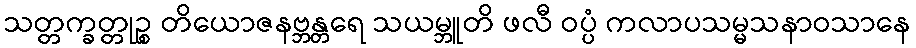
သတ္တက္ခတ္တုဉ္စ တိယောဇနဗ္ဘန္တရေ သယမ္ဘူတိ ဖလီ ဝပ္ပံ ကလာပသမ္မသနာဝသာနေ